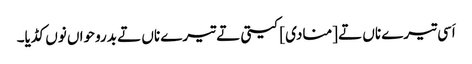
اَسی تیرے ناں تے [منادی] کیتی تے تیرے ناں تے بدروحواں نوں کڈیا۔